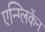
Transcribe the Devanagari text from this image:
एन्ग्लिकेंन